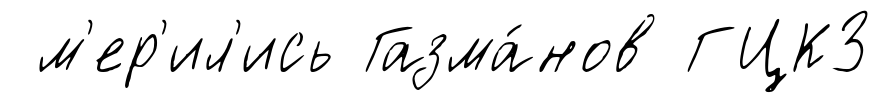
м'ер'ил'ись Газма́нов ГЦКЗ